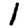
Digit: 1